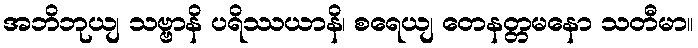
အဘိဘုယျ သဗ္ဗာနိ ပရိဿယာနိ၊ စရေယျ တေနတ္တမနော သတီမာ။